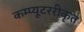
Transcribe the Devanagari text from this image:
कम्प्यूटररीकृत